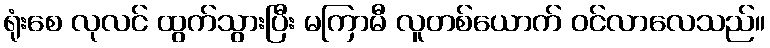
ရုံးစေ လုလင် ထွက်သွားပြီး မကြာမီ လူတစ်ယောက် ဝင်လာလေသည်။